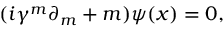
( i \gamma ^ { m } \partial _ { m } + m ) \psi ( x ) = 0 ,